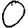
Digit: 0